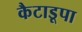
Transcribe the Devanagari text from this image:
कैटाडूपा